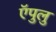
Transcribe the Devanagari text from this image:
ऍपुलु